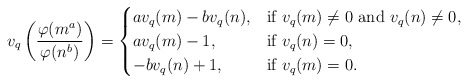
\begin{align*} v_q\left(\frac{\varphi(m^a)}{\varphi(n^b)}\right)=\begin{cases} av_q(m)-bv_q(n), & \mbox{if}\, \, v_q(m)\ne0\,\, \mbox{and}\,\, v_q(n)\ne0, \\ av_q(m)-1, & \mbox{if}\, \, v_q(n)=0, \\ -bv_q(n)+1, & \mbox{if} \,\, v_q(m)=0.\\\end{cases} \end{align*}